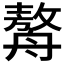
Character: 𦪈